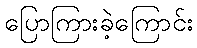
ပြောကြားခဲ့ကြောင်း